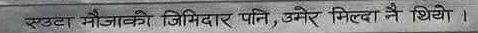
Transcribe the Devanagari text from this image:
एउटा मौजाको जिमिदार पनि, उमेर मिल्दा नै थियो ।